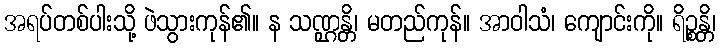
အရပ်တစ်ပါးသို့ ဖဲသွားကုန်၏။ န သဏ္ဌန္တိ၊ မတည်ကုန်။ အာဝါသံ၊ ကျောင်းကို။ ရိဉ္စန္တိ၊